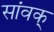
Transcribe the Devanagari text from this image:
सांवक्